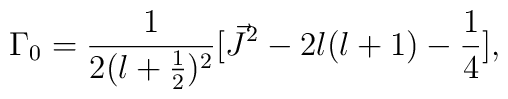
{\Gamma}_0=\frac{1}{2(l+\frac{1}{2})^2}[\vec{J}^2-2l(l+1)-\frac{1}{4}],